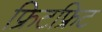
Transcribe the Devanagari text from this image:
फ्रिटफ्रिट